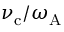
\nu _ { \mathrm { c } } / \omega _ { \mathrm { A } }